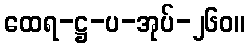
ထေရ-ဋ္ဌ-ပ-အုပ်-၂၆၀။